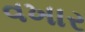
વખાર